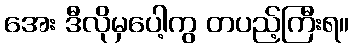
အေး ဒီလိုမှပေါ့ကွ တပည့်ကြီးရ။